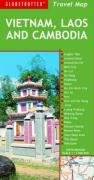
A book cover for Vietnam, Laos and Cambodia Travel Map (Globetrotter Travel Map); New Holland Publishers (UK) Ltd.; Travel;